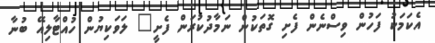
އެކަމަކު ފަހުން ވިސްނެން ފެށި ގޮތަކުން ނަމާދުކުރަން ފެށީ" ލަވަކިޔުން ހުއްޓާލިއޭ ބުނާ